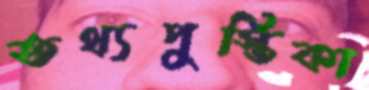
তথ্যপুস্তিকা